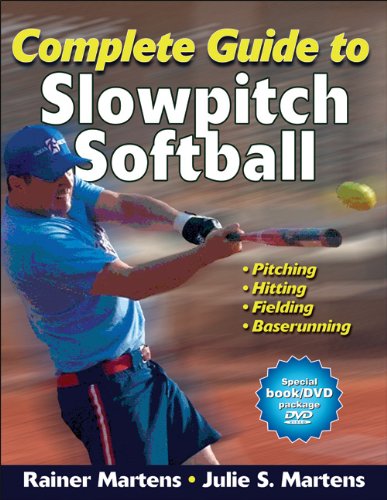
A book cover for Complete Guide to Slowpitch Softball; Rainer Martens; Sports & Outdoors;